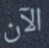
الآن